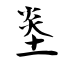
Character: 烾